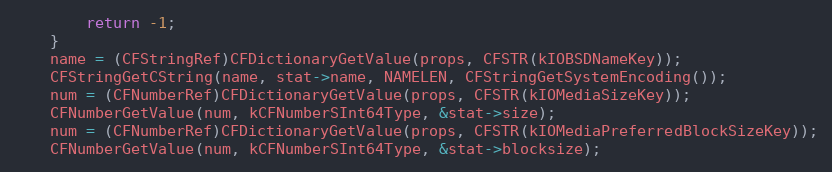
Language: C
		return -1;
	}
	name = (CFStringRef)CFDictionaryGetValue(props, CFSTR(kIOBSDNameKey));
	CFStringGetCString(name, stat->name, NAMELEN, CFStringGetSystemEncoding());
	num = (CFNumberRef)CFDictionaryGetValue(props, CFSTR(kIOMediaSizeKey));
	CFNumberGetValue(num, kCFNumberSInt64Type, &stat->size);
	num = (CFNumberRef)CFDictionaryGetValue(props, CFSTR(kIOMediaPreferredBlockSizeKey));
	CFNumberGetValue(num, kCFNumberSInt64Type, &stat->blocksize);